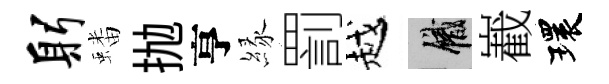
躬蟠抛亨縁罰越識嶻環